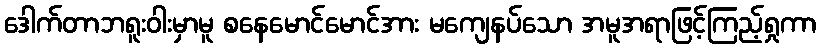
ဒေါက်တာဘရူးဝါးမှာမူ စနေမောင်မောင်အား မကျေနပ်သော အမူအရာဖြင့်ကြည့်ရှုကာ